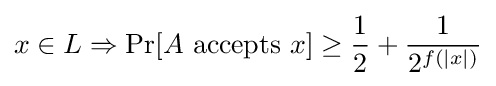
x\in L\Rightarrow \Pr[A{\text{ accepts }}x]\geq {\frac {1}{2}}+{\frac {1}{2^{f(|x|)}}}